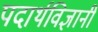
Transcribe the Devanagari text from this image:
पदार्थविज्ञानी